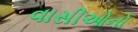
વાસીઓનો